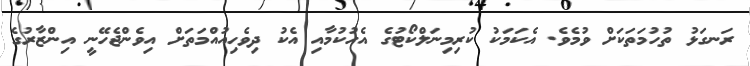
ރަނގަޅު ތުހުމަތަކަށް ވުމެވެ. އެކަމަކު ކުރިމިނަލްކޯޓުގެ އެހުކުމާއި އެކު ދިވެހިއުއްމަތަށް އިވެންޖެހޭނީ އިންޒާރުގެ